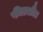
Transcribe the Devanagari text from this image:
फीडलौट